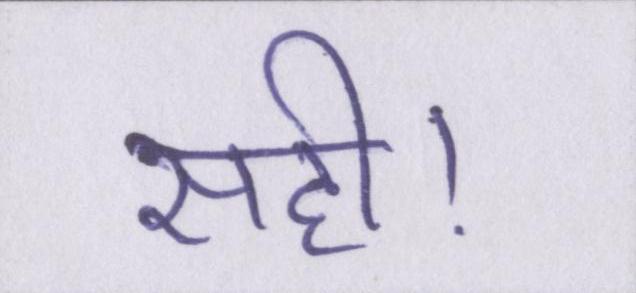
सही।